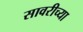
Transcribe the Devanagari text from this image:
सावरीच्या